Vaccination North-Western Provinces 1866-1877 - 1866-1877
Year: 1866
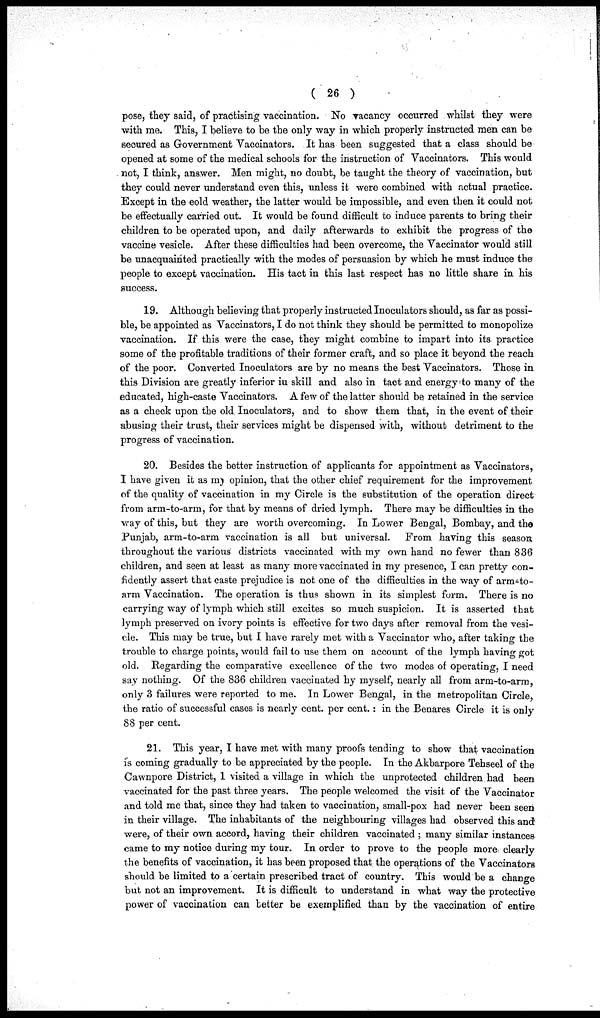
( 26 )
pose, they said, of practising vaccination. No vacancy occurred whilst they were
with me. This, I believe to be the only way in which properly instructed men can be
secured as Government Vaccinators. It has been suggested that a class should be
opened at some of the medical schools for the instruction of Vaccinators. This would
not, I think, answer. Men might, no doubt, be taught the theory of vaccination, but
they could never understand even this, unless it were combined with actual practice.
Except in the eold weather, the latter would be impossible, and even then it could not
be effectually carried out. It would be found difficult to induce parents to bring their
children to be operated upon, and daily afterwards to exhibit the progress of the
vaccine vesicle. After these difficulties had been overcome, the Vaccinator would still
be unacquainted practically with the modes of persuasion by which he must induce the
people to except vaccination. His tact in this last respect has no little share in his
success.
19. Although believing that properly instructed Inoculators should, as far as possi-
ble, be appointed as Vaccinators, I do not think they should be permitted to monopolize
vaccination. If this were the case, they might combine to impart into its practice
some of the profitable traditions of their former craft, and so place it beyond the reach
of the poor. Converted Inoculators are by no means the best Vaccinators. Those in
this Division are greatly inferior in skill and also in tact and energy to many of the
educated, high-caste Vaccinators. A few of the latter should be retained in the service
as a check upon the old Inoculators, and to show them that, in the event of their
abusing their trust, their services might be dispensed with, without detriment to the
progress of vaccination.
20. Besides the better instruction of applicants for appointment as Vaccinators,
I have given it as my opinion, that the other chief requirement for the improvement
of the quality of vaccination in my Circle is the substitution of the operation direct
from arm-to-arm, for that by means of dried lymph. There may be difficulties in the
way of this, but they are worth overcoming. In Lower Bengal, Bombay, and the
Punjab, arm-to-arm vaccination is all but universal. From having this season
throughout the various districts vaccinated with my own hand no fewer than 836
children, and seen at least as many more vaccinated in my presence, I can pretty con-
fidently assert that caste prejudice is not one of the difficulties in the way of arm-to-
arm Vaccination. The operation is thus shown in its simplest form. There is no
carrying way of lymph which still excites so much suspicion. It is asserted that
lymph preserved on ivory points is effective for two days after removal from the vesi-
cle. This may be true, but I have rarely met with a Vaccinator who, after taking the
trouble to charge points, would fail to use them on account of the lymph having got
old. Regarding the comparative excellence of the two modes of operating, I need
say nothing. Of the 836 children vaccinated by myself, nearly all from arm-to-arm,
only 3 failures were reported to me. In Lower Bengal, in the metropolitan Circle,
the ratio of successful cases is nearly cent. per cent.: in the Benares Circle it is only
88 per cent.
21. This year, I have met with many proofs tending to show that vaccination
is coming gradually to be appreciated by the people. In the Akbarpore Tehseel of the
Cawnpore District, 1 visited a village in which the unprotected children had been
vaccinated for the past three years. The people welcomed the visit of the Vaccinator
and told me that, since they had taken to vaccination, small-pox had never been seen
in their village. The inhabitants of the neighbouring villages had observed this and
were, of their own accord, having their children vaccinated ; many similar instances
came to my notice during my tour. In order to prove to the people more clearly
the benefits of vaccination, it has been proposed that the operations of the Vaccinators
should be limited to a certain prescribed tract of country. This would be a change
but not an improvement. It is difficult to understand in what way the protective
power of vaccination can better be exemplified than by the vaccination of entire